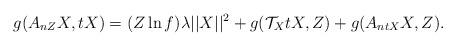
LaTeX: \begin{align*}g(A_{nZ}X, tX)=(Z\ln f)\lambda\vert\vert X \vert\vert^{2}+g(\mathcal{T}_{X}tX, Z)+g(A_{ntX}X, Z).\end{align*}